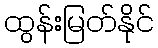
ထွန်းမြတ်နိုင်